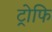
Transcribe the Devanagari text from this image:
ट्रोफि